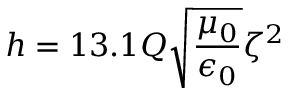
h = 1 3 . 1 Q { \sqrt { \frac { \mu _ { 0 } } { \epsilon _ { 0 } } } } \zeta ^ { 2 }